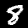
Label: 8